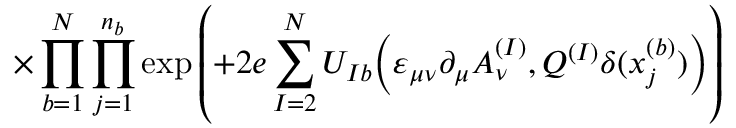
\times \prod _ { b = 1 } ^ { N } \prod _ { j = 1 } ^ { n _ { b } } \exp \left( + 2 e \sum _ { I = 2 } ^ { N } U _ { I b } \Big ( \varepsilon _ { \mu \nu } \partial _ { \mu } A _ { \nu } ^ { ( I ) } , Q ^ { ( I ) } \delta ( x _ { j } ^ { ( b ) } ) \Big ) \right)